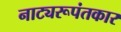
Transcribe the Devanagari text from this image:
नाट्यरूपंतकार